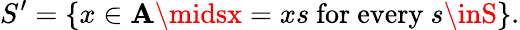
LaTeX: S^{\prime}=\{ x\in\mathbf{A}\midsx=xs\ {\mathrm{{for}}}\ {\mathrm{{every}}}\ s\inS\} .